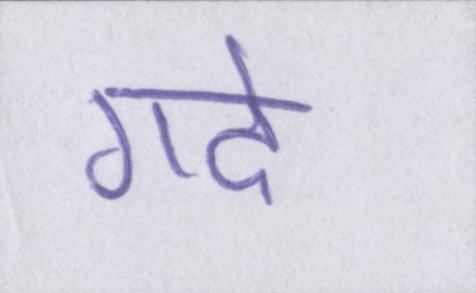
गढे